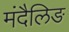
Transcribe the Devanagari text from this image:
मंदैलिङ